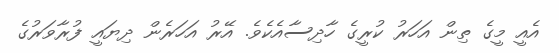
އެއީ މީގެ ތިން އަހަރު ކުރީގެ ހާދިސާއެކެވެ. އޭރު އަހަރެން ދިޔައީ ފުރާވަރުގެ